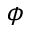
\phi